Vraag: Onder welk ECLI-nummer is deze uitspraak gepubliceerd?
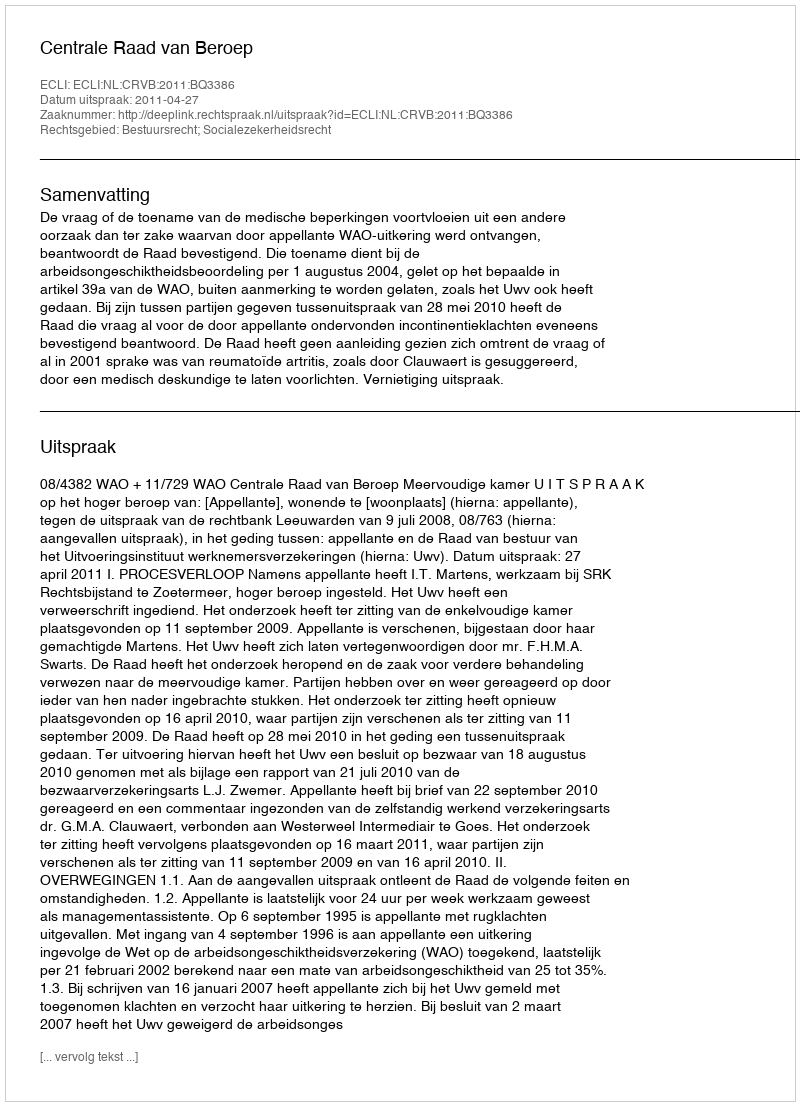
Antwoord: ECLI:NL:CRVB:2011:BQ3386